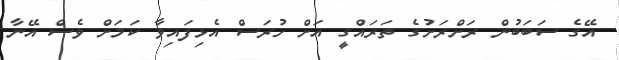
އޭގެ ސަބަބުން ރަށްރަށުގެ ތަރައްގީ އަށް ހުރަސް އެޅިފައިވާ ކަމަށް ވެސް އޭނާ